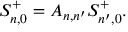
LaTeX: S _ { n , 0 } ^ { + } = { \cal A } _ { n , n ^ { \prime } } S _ { n ^ { \prime } , 0 } ^ { + } .